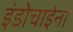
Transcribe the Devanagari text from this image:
इंडोचाईना